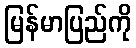
မြန်မာပြည်ကို